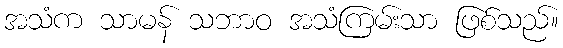
အသံက သာမန် သဘာဝ အသံကြမ်းသာ ဖြစ်သည်။